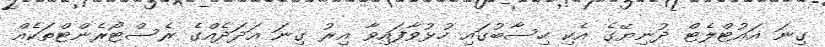
ގިނަ އައުޓްލެޓް ދުނިޔޭގެ އެކި ހިސާބުގައި ހުޅުވާފައިވާ އިރު ގިނަ އަދަދެއްގެ ރެސްޓޯރެންޓްތަކެއް